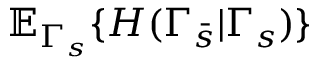
\mathbb { E } _ { \Gamma _ { s } } \{ H ( \Gamma _ { \bar { s } } | \Gamma _ { s } ) \}